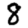
Digit: 8